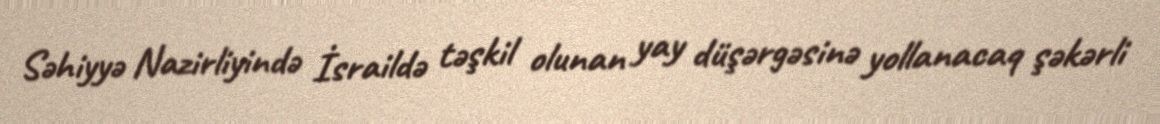
Səhiyyə Nazirliyində İsraildə təşkil olunan yay düşərgəsinə yollanacaq şəkərli